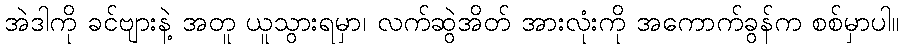
အဲဒါကို ခင်ဗျားနဲ့ အတူ ယူသွားရမှာ၊ လက်ဆွဲအိတ် အားလုံးကို အကောက်ခွန်က စစ်မှာပါ။